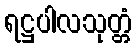
ရဋ္ဌပါလသုတ္တံ